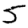
Digit: 5